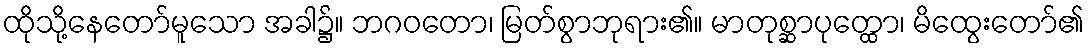
ထိုသို့နေတော်မူသော အခါ၌။ ဘဂဝတော၊ မြတ်စွာဘုရား၏။ မာတုစ္ဆာပုတ္ထော၊ မိထွေးတော်၏